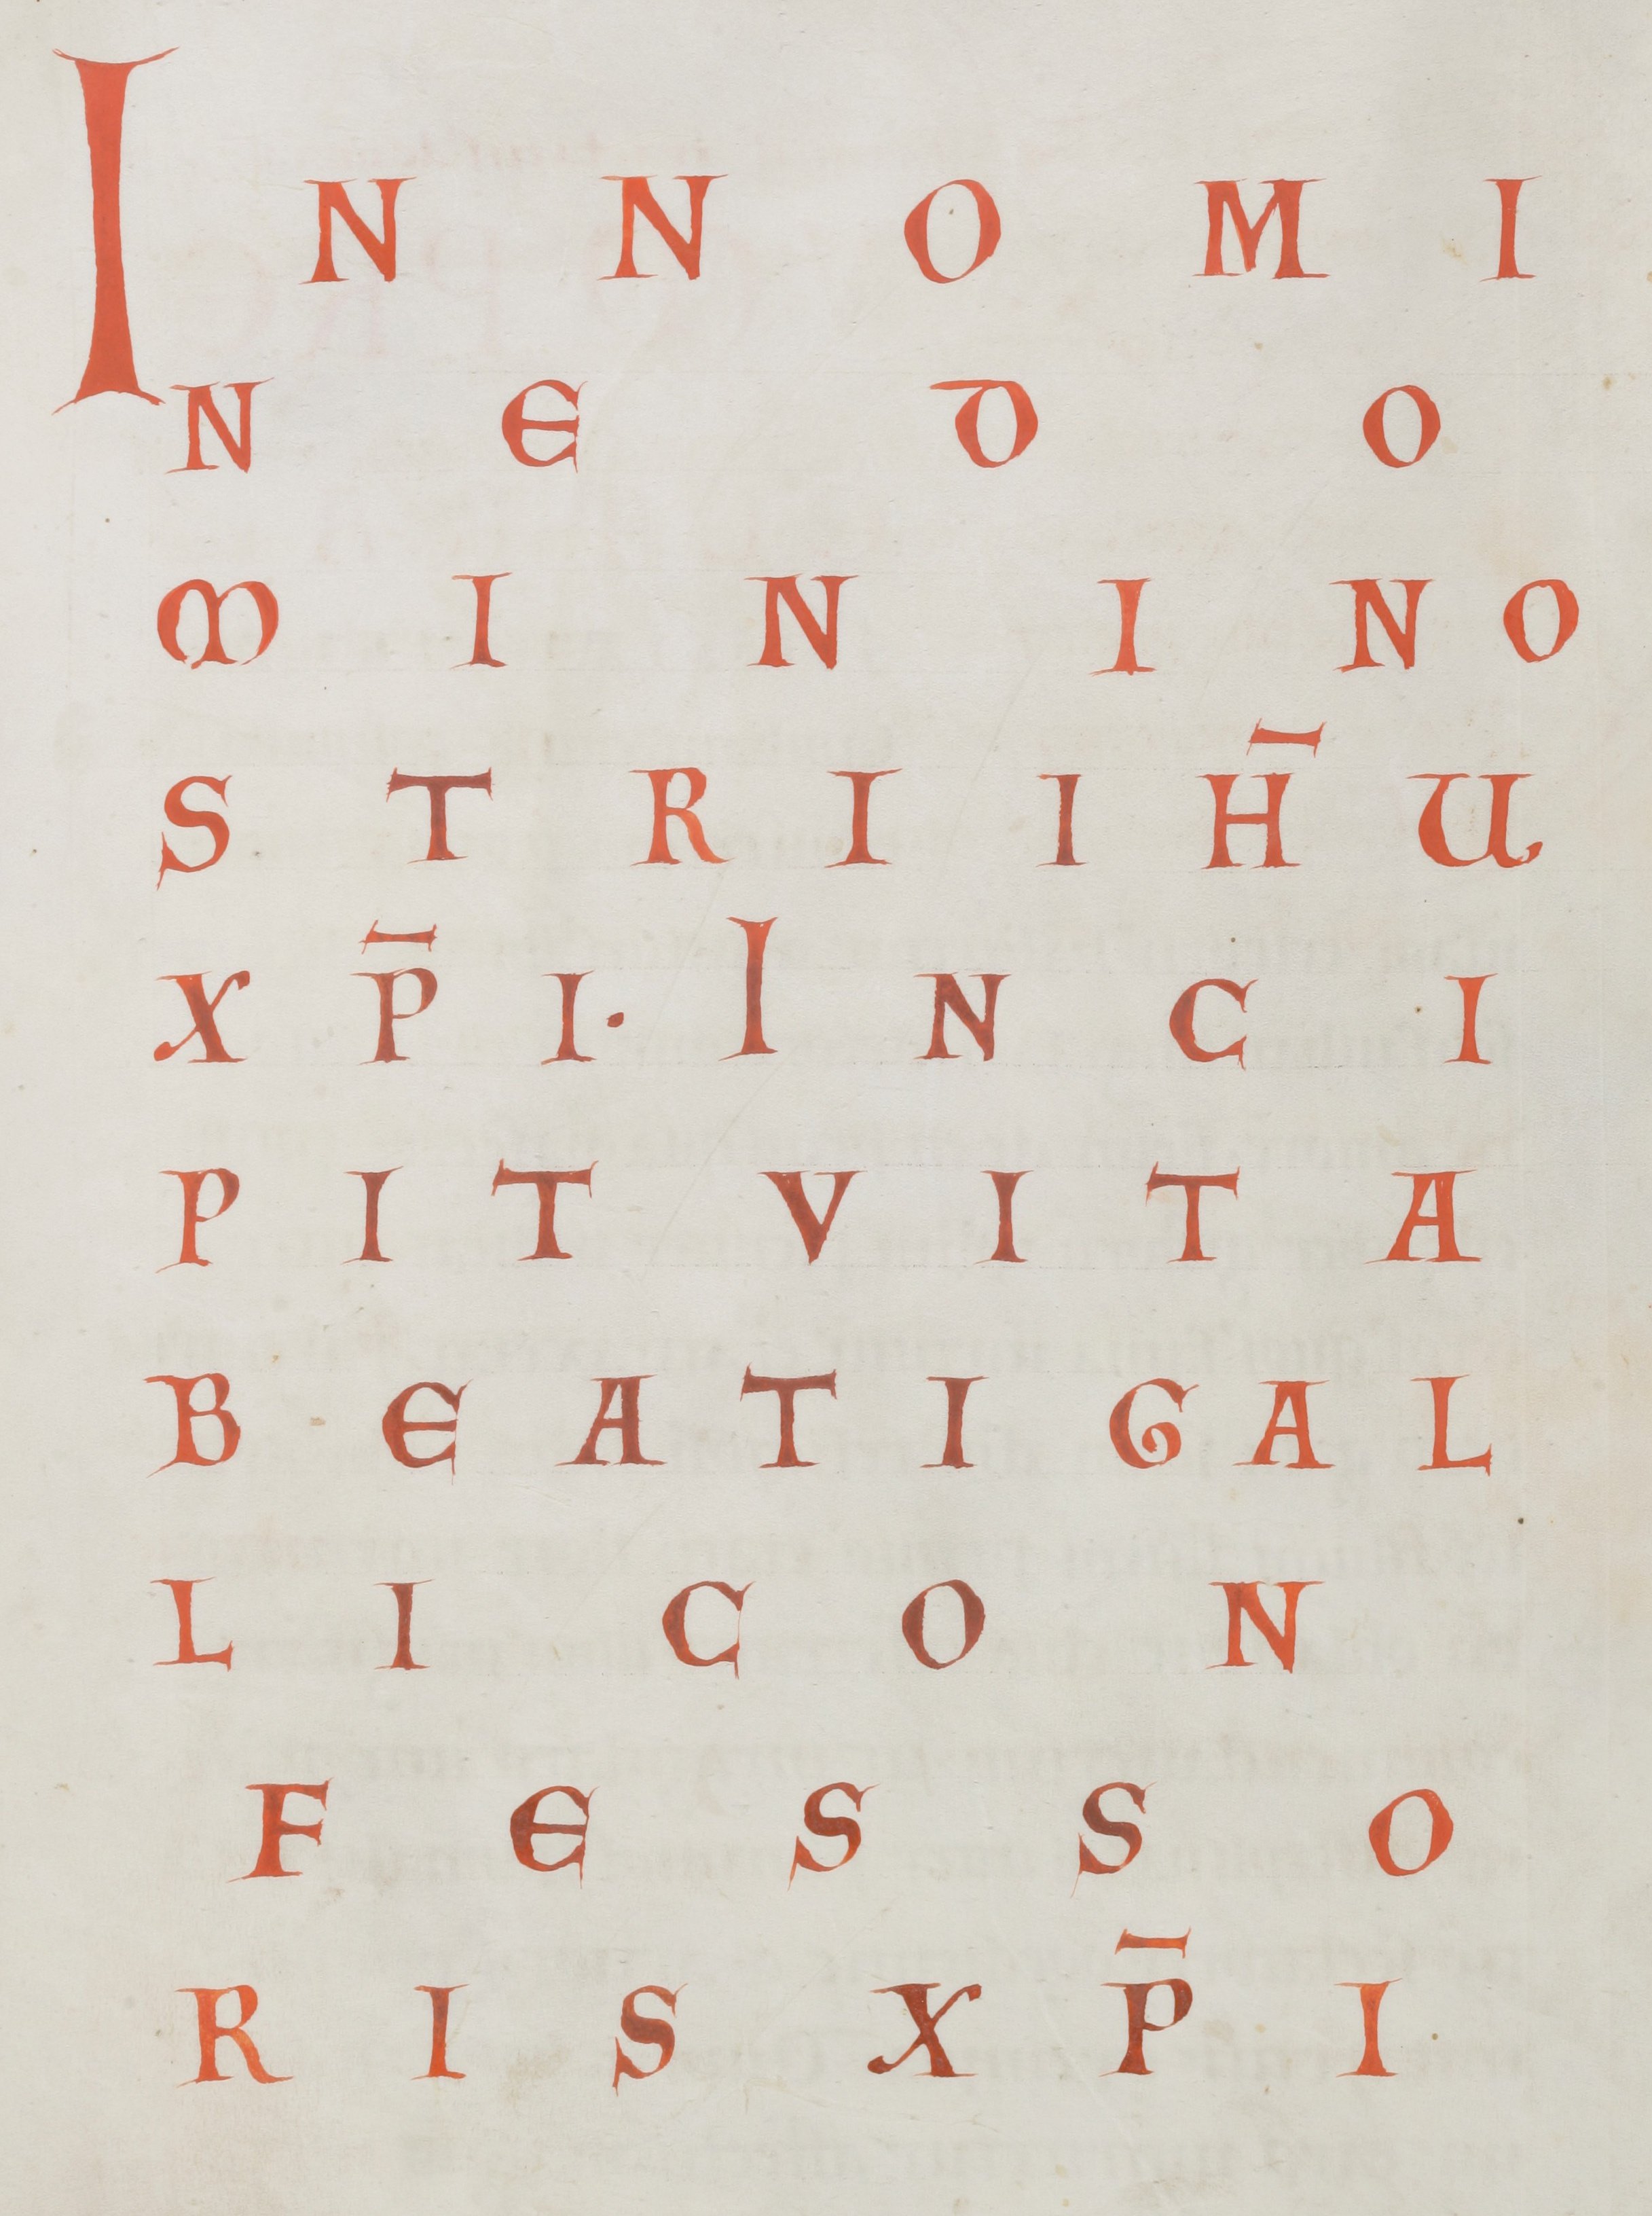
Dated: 1100–1199